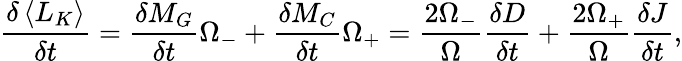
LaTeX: \frac{\delta\left\langle L_{K}\right\rangle}{\delta t}=\frac{\delta M_{G}}{\delta t}\Omega_{-}+\frac{\delta M_{C}}{\delta t}\Omega_{+}=\frac{2\Omega_{-}}{\Omega}\frac{\delta D}{\delta t}+\frac{2\Omega_{+}}{\Omega}\frac{\delta J}{\delta t},